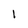
Character: 1